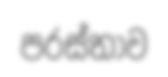
පරස්තාව